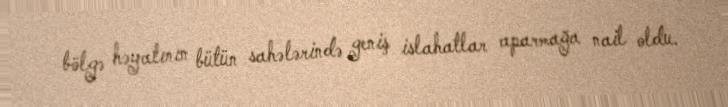
bölgə həyatının bütün sahələrində geniş islahatlar aparmağa nail oldu.